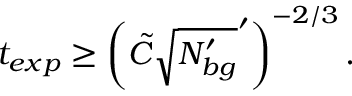
t _ { e x p } \geq \left( \Tilde { C } \sqrt { N _ { b g } ^ { \prime } } ^ { \prime } \right) ^ { - 2 / 3 } .